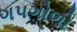
ગપગોળો